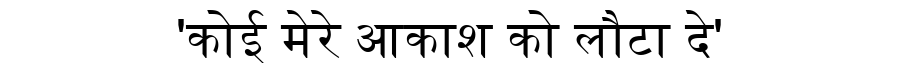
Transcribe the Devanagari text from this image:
'कोई मेरे आकाश को लौटा दे'